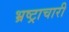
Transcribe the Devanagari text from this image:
भ्रष्ट्राचारी